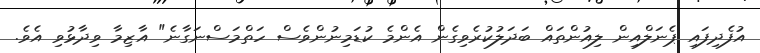
އުފެދިފައި ޕެނަލްއިން ލިއުންތައް ބަދަލުކުރެވިގެން އެންމެ ކުޑަމިނުންވެސް ހަތްމަސްނަގާނެ" އާޒިމާ ވިދާޅުވި އެވެ.